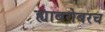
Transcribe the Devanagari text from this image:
ह्याबरोबरच